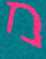
מ